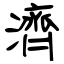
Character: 濟